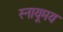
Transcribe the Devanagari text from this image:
स्नायूमय